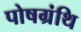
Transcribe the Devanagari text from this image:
पोषग्रंथि